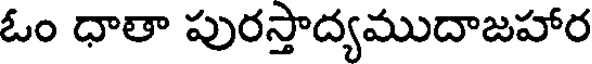
ఓం ధాతా పురస్తాద్యముదాజహార